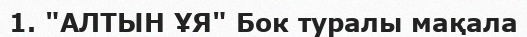
1. "АЛТЫН ҰЯ" Бок туралы мақала